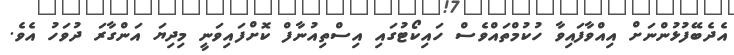
އެދެބޭފުޅުންނަށް އިއްވާފައިވާ ހުކުމްތައްވެސް ހައިކޯޓުގައި އިސްތިއުނާފް ކޮށްފައިވަނީ މިދިޔަ އަންގާރަ ދުވަހު އެވެ.